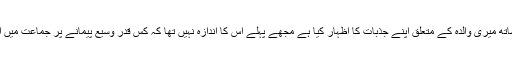
لکھتے ہیں کہ جماعت کے لوگوں نے جس کثرت کے ساتھ میری والدہ کے متعلق اپنے جذبات کا اظہار کیا ہے مجھے پہلے اس کا اندازہ نہیں تھا کہ کس قدر وسیع پیمانے پر جماعت میں ان سے محبت اور عقیدت رکھنے والے لوگ موجود ہیں ۔